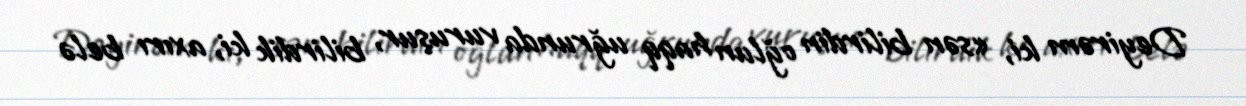
Deyirəm ki, «sən bilirdin oğlun haqq uğrunda vuruşur, bilirdik ki, axırı belə